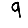
Digit: 9